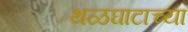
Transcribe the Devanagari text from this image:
थळघाटाच्या